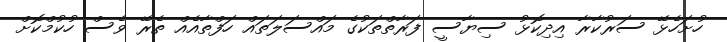
ހުށަހެޅޭ ސަރުކާރާ އިދިކޮޅު ސިޔާސީ ފަރާތްތަކުގެ މައްސަލަތައް ހަފްތާއެއް ތެރޭ ވެސް ހުކުމްކޮށް